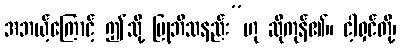
အဘယ့်ကြောင့် ဤသို့ ပြုဘိသနည်း”ဟု ဆိုကုန်၏။ ငါ့ရှင်တို့၊